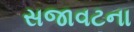
સજાવટના